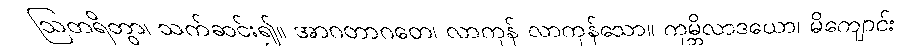
ဩတရိတွာ၊ သက်ဆင်း၍။ အာဂတာဂတေ၊ လာကုန် လာကုန်သော။ ကုမ္ဘိလာဒယော၊ မိကျောင်း